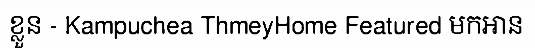
ខ្លួន - Kampuchea ThmeyHome Featured មកអាន